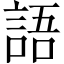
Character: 語